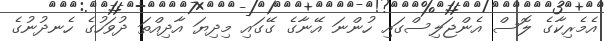
އެމެރިކާގެ ލޮސް އެންޖަލިސްގައި ހުންނަ އޭނާގެ ގޭގައި މިދިޔަ އާދިއްތަ ދުވަހުގެ ހެނދުނުގެ